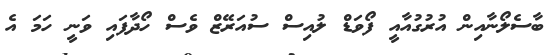
ބާސެލޯނާއިން އުރުގުއާއީ ފޯވަޑް ލުއިސް ސުއަރޭޒް ވެސް ހޯދާފައި ވަނީ ހަމަ އެ